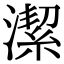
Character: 潔